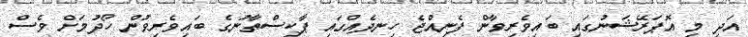
އަދި މި އޮޕަރޭޝަނުގައި ބައިވެރިވާން ފެނިއްޖެ ހިނދެއްގައި ޕާކިސްތާނުގެ ބައިވެރިވުން ހޯދުމަށް ވެސް